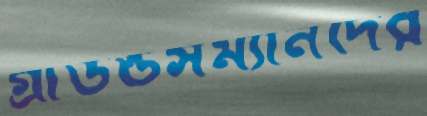
গ্রাউন্ডসম্যানদের